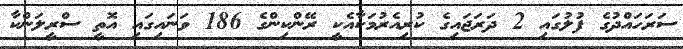
ސަރަހައްދުގެ ފުލުގައި 2 ދަރަޖައިގެ ކުރިއެރުމަކާއެކީ ރޭންކިންގެ 186 ވަނައިގައި އޮތީ ސްރީލަންކާ